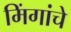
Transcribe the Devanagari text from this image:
मिंगांचे